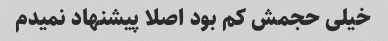
خیلی حجمش کم بود اصلا پیشنهاد نمیدم